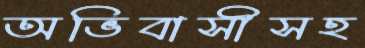
অভিবাসীসহ